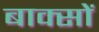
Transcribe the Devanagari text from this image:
बाक्सों